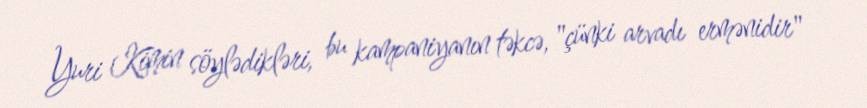
Yuri Kimin söylədikləri, bu kampaniyanın təkcə, "çünki arvadı ermənidir"